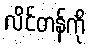
လိင်တန်ကို